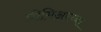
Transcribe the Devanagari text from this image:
प्रीमिअरच्या